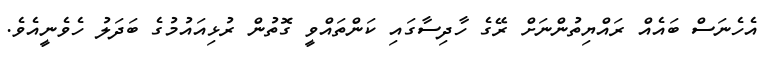
އެހެނަސް ބައެއް ރައްޔިތުންނަށް ރޭގެ ހާދިސާގައި ކަންތައްވީ ގޮތުން ރުޅިއައުމުގެ ބަދަލު ހެވެނީއެވެ.